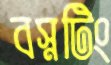
বস্নটিং